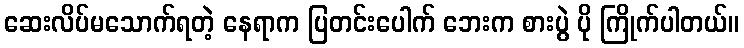
ဆေးလိပ်မသောက်ရတဲ့ နေရာက ပြတင်းပေါက် ဘေးက စားပွဲ ပို ကြိုက်ပါတယ်။